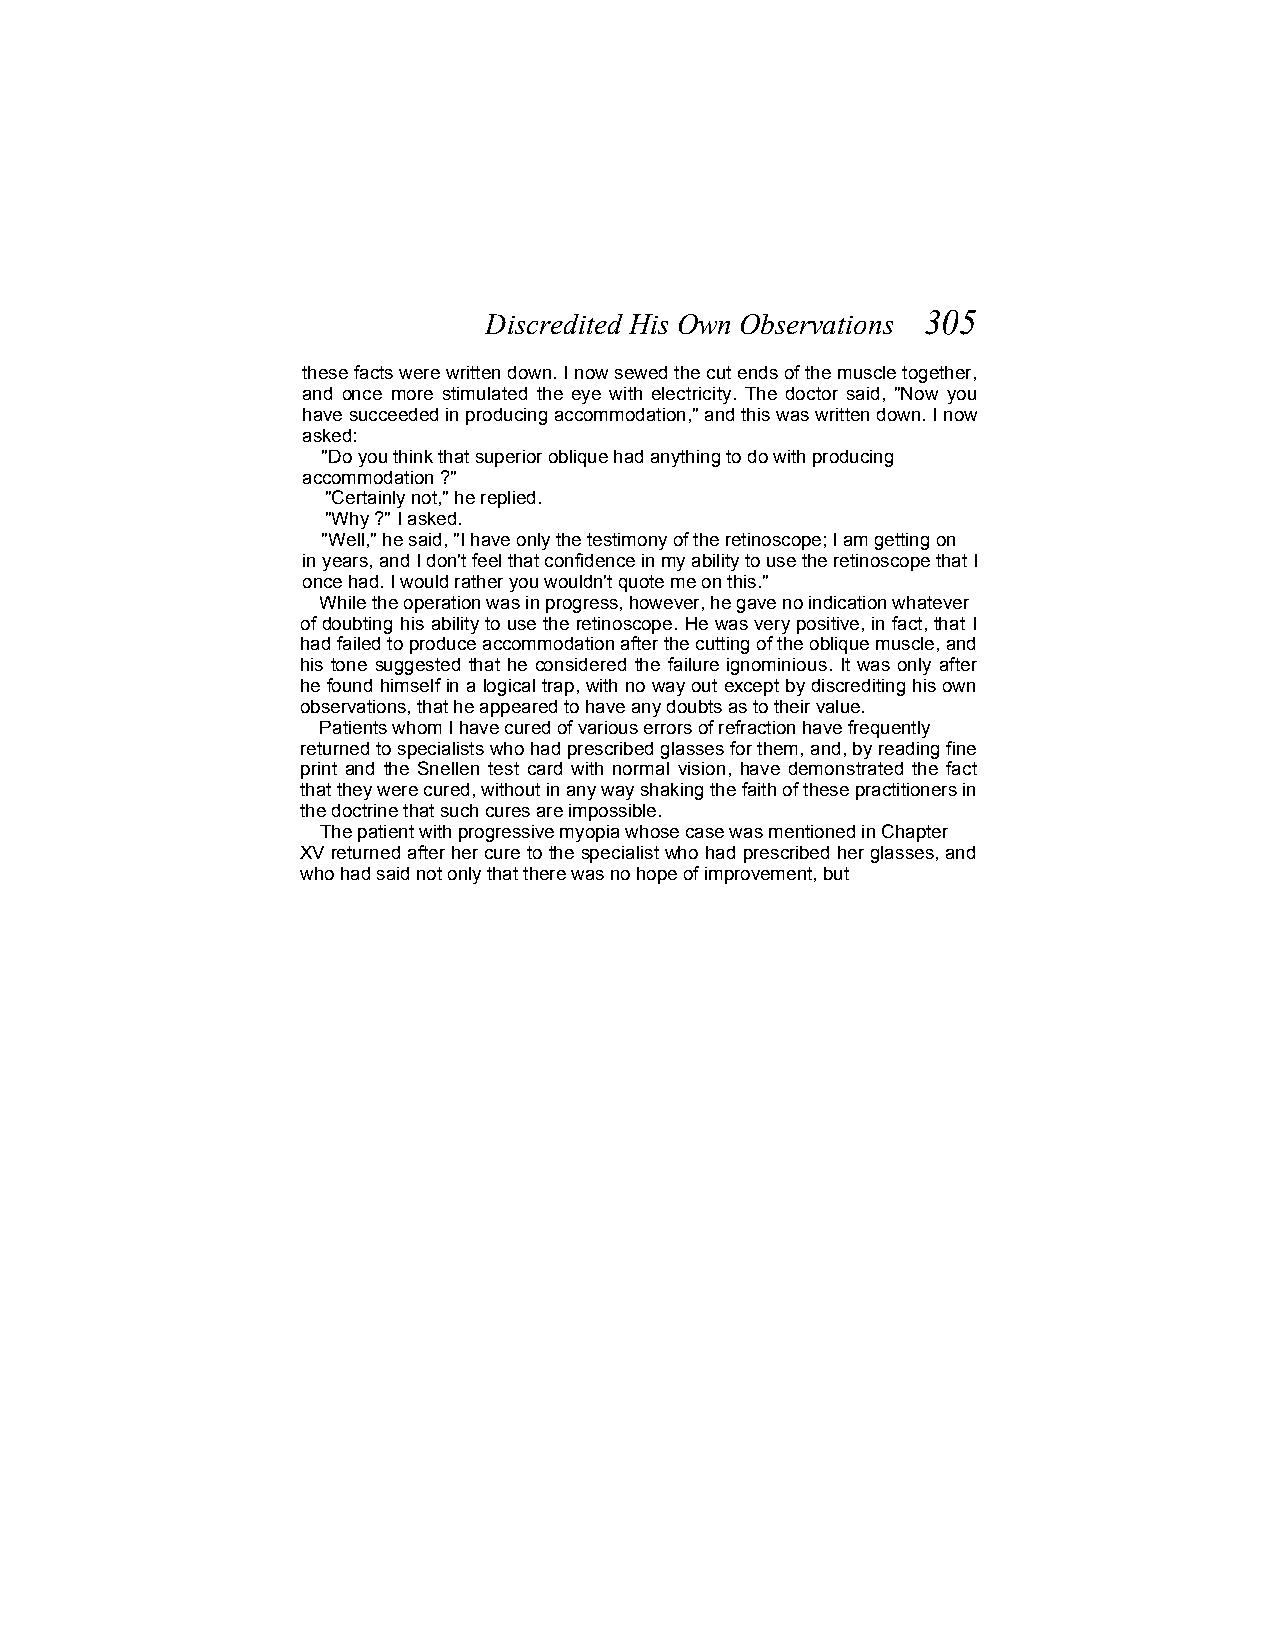
Discredited His Own Observations 305
 these facts were written down. I now sewed the cut ends of the muscle together,
 and once more stimulated the eye with electricity. The doctor said, "Now you
 have succeeded in producing accommodation," and this was written down. I now
 asked:
 "Do you think that superior oblique had anything to do with producing
 accommodation ?"
 "Certainly not," he replied.
 "Why ?" I asked.
 "Well," he said, "I have only the testimony of the retinoscope; I am getting on
 in years, and I don't feel that confidence in my ability to use the retinoscope that I
 once had. I would rather you wouldn't quote me on this."
 While the operation was in progress, however, he gave no indication whatever
 of doubting his ability to use the retinoscope. He was very positive, in fact, that I
 had failed to produce accommodation after the cutting of the oblique muscle, and
 his tone suggested that he considered the failure ignominious. It was only after
 he found himself in a logical trap, with no way out except by discrediting his own
 observations, that he appeared to have any doubts as to their value.
 Patients whom I have cured of various errors of refraction have frequently
 returned to specialists who had prescribed glasses for them, and, by reading fine
 print and the Snellen test card with normal vision, have demonstrated the fact
 that they were cured, without in any way shaking the faith of these practitioners in
 the doctrine that such cures are impossible.
 The patient with progressive myopia whose case was mentioned in Chapter
 XV returned after her cure to the specialist who had prescribed her glasses, and
 who had said not only that there was no hope of improvement, but